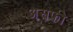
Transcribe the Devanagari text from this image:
असफी